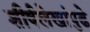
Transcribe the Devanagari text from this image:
शीर्षलेखांपुढे